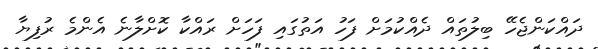
ދައްކަންޖެހޭ ބިލުތައް ދެއްކުމަށް ފަހު އަތުގައި ފަހަށް ރައްކާ ކޮށްލާނެ އެންމެ ރުފިޔާ